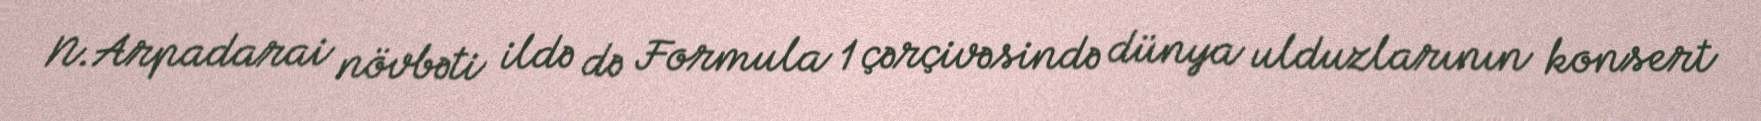
N.Arpadarai növbəti ildə də Formula 1 çərçivəsində dünya ulduzlarının konsert